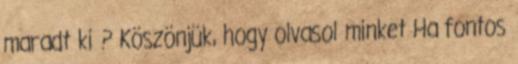
maradt ki ? Köszönjük, hogy olvasol minket Ha fontos